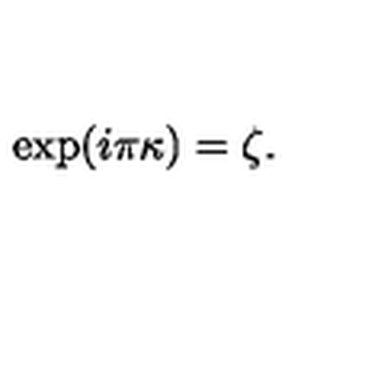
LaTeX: \exp ( i \pi \kappa ) = \zeta .